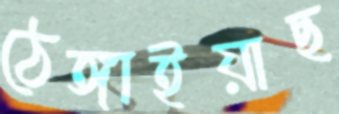
ঠেঙ্গাইয়াছ